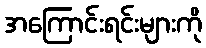
အကြောင်းရင်းများကို